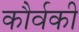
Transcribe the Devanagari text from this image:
कौर्वकी